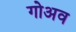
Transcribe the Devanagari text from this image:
गोअव